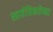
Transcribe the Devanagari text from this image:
सार्वत्रिकतेच्या